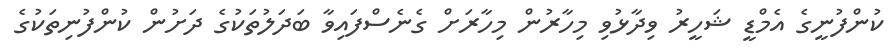
ކުންފުނީގެ އެމްޑީ ޝަހީރު ވިދާޅުވި މިހާރުން މިހާރަށް ގެނެސްފައިވާ ބަދަލުތަކުގެ ދަށުން ކުންފުނިތަކުގެ